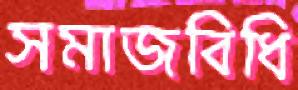
সমাজবিধি